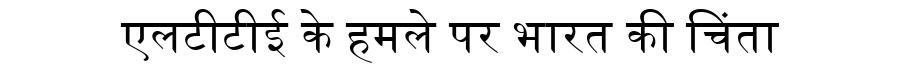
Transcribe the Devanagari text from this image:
एलटीटीई के हमले पर भारत की चिंता